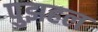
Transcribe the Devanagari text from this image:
पुझहल